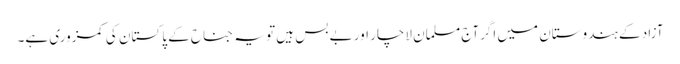
آزاد کے ہندوستان میں اگرآج مسلمان لاچار اور بے بس ہیں تو یہ جناح کے پاکستان کی کمزوری ہے۔